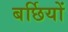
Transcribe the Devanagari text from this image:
बर्छियों